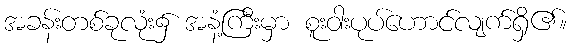
အခန်းတစ်ခုလုံး၌ အနံ့ကြီးမှာ စူးဝါးပုပ်ဟောင်လျက်ရှိ၏။